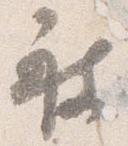
被